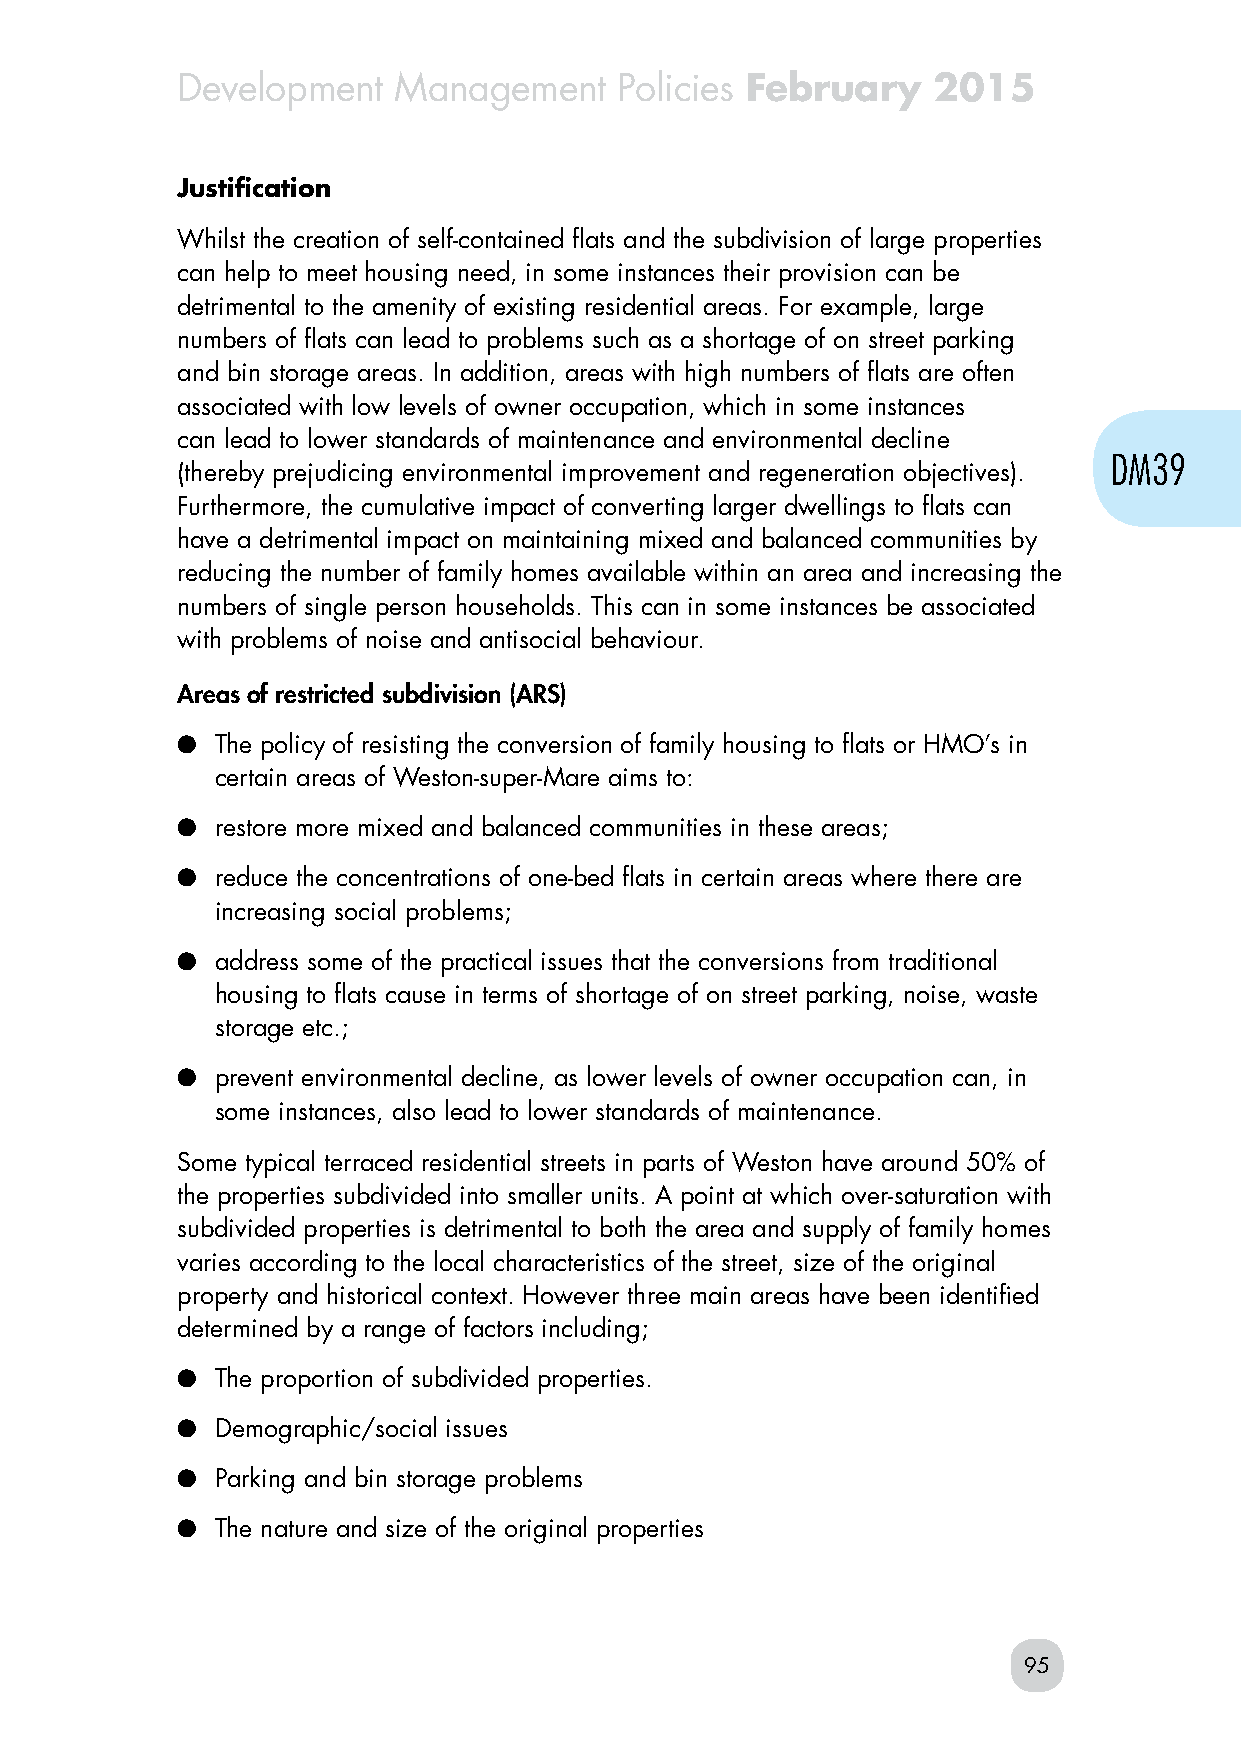
Development   Management     Policies February    2015
 Justification
 Whilst the creation of self-contained flats and the subdivision of large properties
 can help to meet housing need, in some instances their provision can be
 detrimental to the amenity of existing residential areas. For example, large
 numbers of flats can lead to problems such as a shortage of on street parking
 and bin storage areas. In addition, areas with high numbers of flats are often
 associated with low levels of owner occupation, which in some instances
 can lead to lower standards of maintenance and environmental decline
 DM39
 (thereby prejudicing environmental improvement and regeneration objectives).
 Furthermore, the cumulative impact of converting larger dwellings to flats can
 have a detrimental impact on maintaining mixed and balanced communities by
 reducing the number of family homes available within an area and increasing the
 numbers of single person households. This can in some instances be associated
 with problems of noise and antisocial behaviour.
 Areas of restricted subdivision (ARS)
 ● The policy of resisting the conversion of family housing to flats or HMO’s in
 certain areas of Weston-super-Mare aims to:
 ● restore more mixed and balanced communities in these areas;
 ● reduce the concentrations of one-bed flats in certain areas where there are
 increasing social problems;
 ● address some of the practical issues that the conversions from traditional
 housing to flats cause in terms of shortage of on street parking, noise, waste
 storage etc.;
 ● prevent environmental decline, as lower levels of owner occupation can, in
 some instances, also lead to lower standards of maintenance.
 Some typical terraced residential streets in parts of Weston have around 50% of
 the properties subdivided into smaller units. A point at which over-saturation with
 subdivided properties is detrimental to both the area and supply of family homes
 varies according to the local characteristics of the street, size of the original
 property and historical context. However three main areas have been identified
 determined by a range of factors including;
 ● The proportion of subdivided properties.
 ● Demographic/social issues
 ● Parking and bin storage problems
 ● The nature and size of the original properties
 95